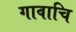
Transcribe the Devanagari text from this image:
गावाचि